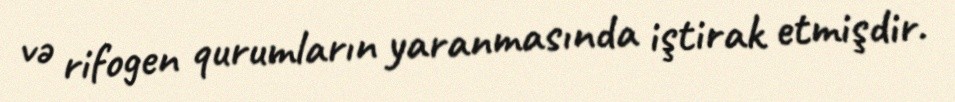
və rifogen qurumların yaranmasında iştirak etmişdir.